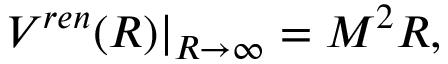
\left. V ^ { r e n } ( R ) \right| _ { R \to \infty } = M ^ { 2 } R ,